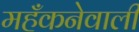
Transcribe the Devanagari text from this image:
महँकनेवाली